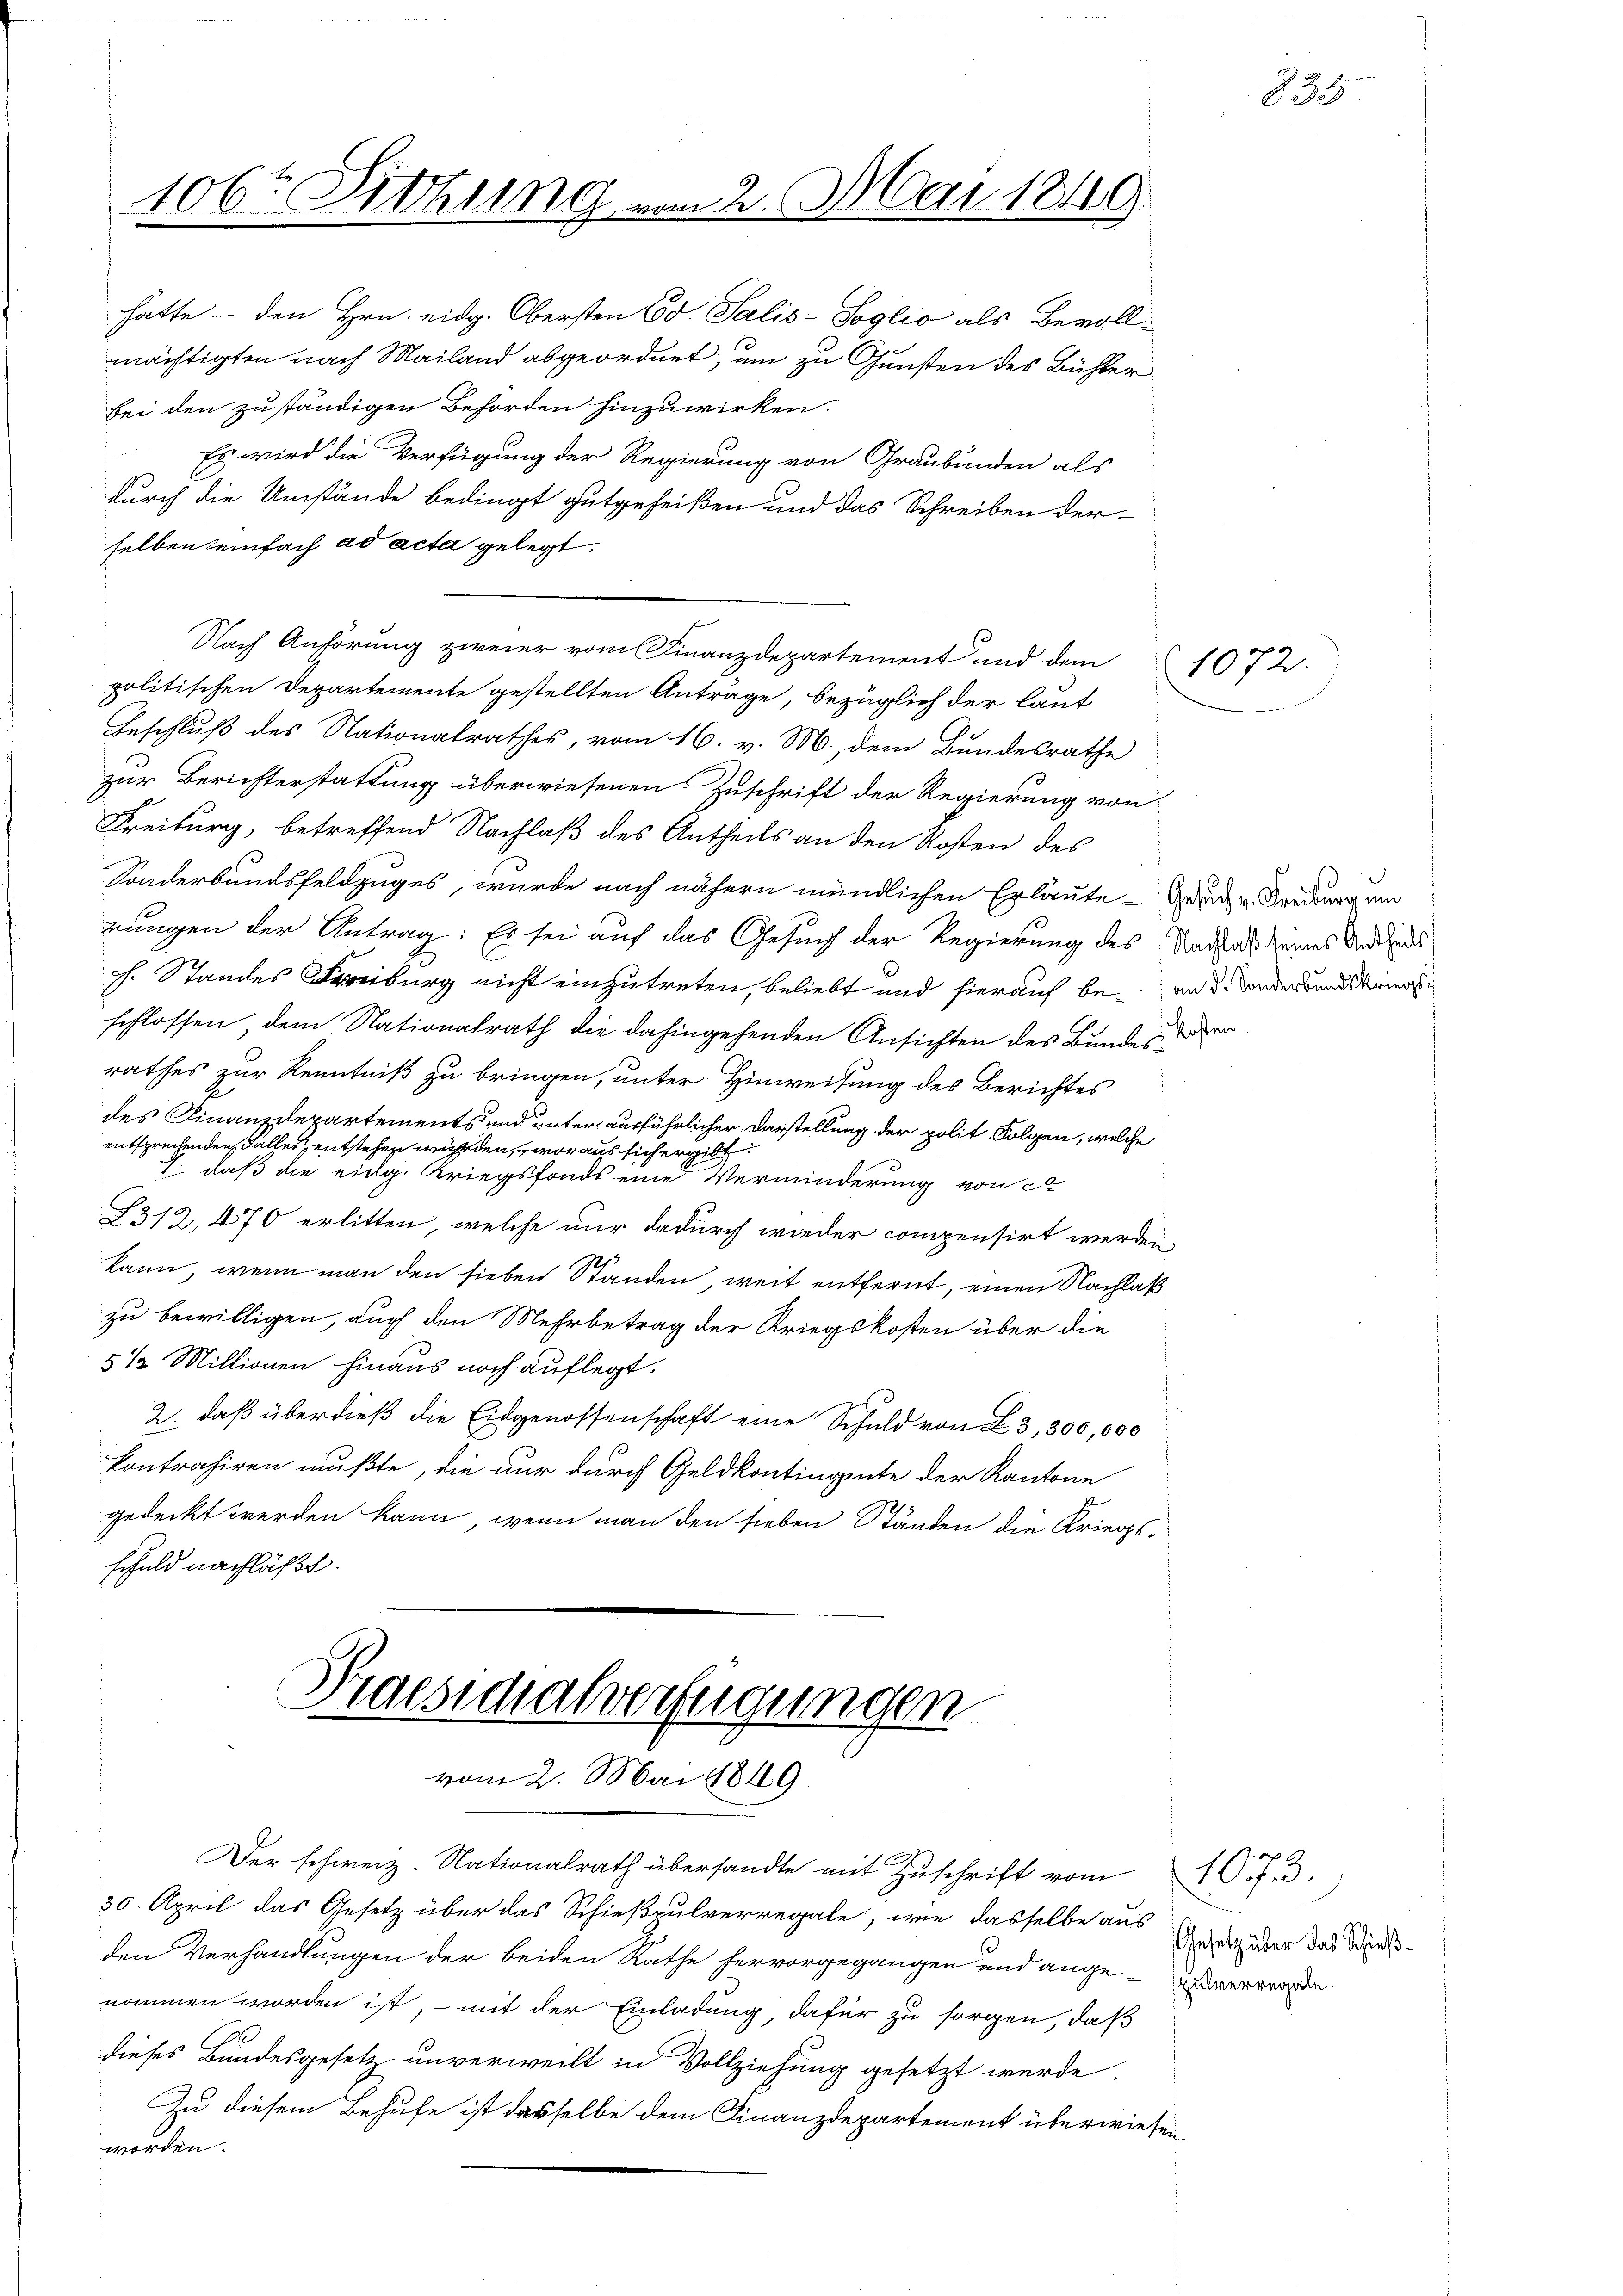
¬
Es wird die Verfügung der Regierung von Graubünden als
durch die Umstände bedingt gutgeheißen und das Schreiben der
selben einfach ad acta gelegt.
Nach Anhörung zweier vom Finanzdepartement und dem
politischen Departemente gestellten Anträge, bezüglich der laut
Geschluß des Nationalrathes, vom 16. v. M., dem Bundesrathe
zur Berichterstattung überwiesenen Zuschrift der Regierung von
Freiburg, betreffend Nachlaß des Antheils an den Kosten des
Sonderbundsfeldzuges, wurde nach nähern mündlichen Erläuter u Freiburg um
nungen der Antrag: Es sei auf das Gesuch der Regierung des Rathals seines Andels
h. Standes Streiburg nicht einzutreten, beliebt und hierauf be- und Sonder Bundes Kind
schlossen, dem Nationalrath die dahingehenden Ansichten des Bunde der
rathes zur Kenntniß zu bringen, unter Hinweisung des Berichtes
des Finanzdepartements und unter ausführlicher Darstellung der polit. Folgen, welche
entsprechenden Falles, entstehen würden, woraus sich ergibt.
1
J. daß die eidg. Kriegsfonds eine Verminderung von ca
2312, 470 erlitten, welche nur dadurch wieder compensirt werden
kann, wenn man den sieben Standen, weit entfernt, einen Nachlaßzu bewilligen, auch den Mehrbetrag der Kriegskosten über die
5 1/2 Millionen hinaus noch auflegt.
2. daß überdieß die Eidgenossenschaft eine Schuld von 23, 300,000
kontrahiren mußte, die nur durch Geldkontingente der Kantone
gedeckt werden kann, wenn man den sieben Ständen die Kriegsschuld nachläßt.

106te Sitzung.

hatte - den Hrn. eidg. Obersten Ed. Salis-Soglio als Bevollmächtigten nach Mailand abgeordnet, um zu Gunsten des Bühler
bei den zuständigen Behörden hinzuwirken.

Praesidialverfügungen
vom 2. Mai 1849

2. Mai 1849.

Der schweiz. Nationalrath übersandte mit Zuschrift vom
30. April das Gesetz über das Schießpulverregale, wie dasselbe aus
den Verhandlungen der beiden Rathe hervorgegangen und angeworden.
nommen worden ist, – mit der Einladung, dafür zu sorgen, daß
dieses Bandesgesetz unverweilt in Vollziehung gesetzt werde.
Zu diesem Behufe ist dasselbe dem Finanzdepartement überwiesen
worden.

1072.

835

1073.)
Gesetz über das Schieß¬